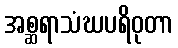
အစ္ဆရာသံဃပရိဝုတာ